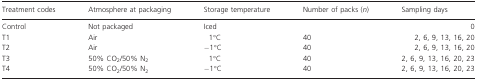
<table><thead><tr><td><b>Treatment codes</b></td><td><b>Atmosphere at packaging</b></td><td><b>Storage temperature</b></td><td><b>Number of packs (<i>n</i>)</b></td><td><b>Sampling days</b></td></tr></thead><tbody><tr><td>Control</td><td>Not packaged</td><td>Iced</td><td></td><td>0</td></tr><tr><td>T1</td><td>Air</td><td>1°C</td><td>40</td><td>2, 6, 9, 13, 16, 20</td></tr><tr><td>T2</td><td>Air</td><td>−1°C</td><td>40</td><td>2, 6, 9, 13, 16, 20</td></tr><tr><td>T3</td><td>50% CO<sub>2</sub>/50% N<sub>2</sub></td><td>1°C</td><td>40</td><td>2, 6, 9, 13, 16, 20, 23</td></tr><tr><td>T4</td><td>50% CO<sub>2</sub>/50% N<sub>2</sub></td><td>−1°C</td><td>40</td><td>2, 6, 9, 13, 16, 20, 23</td></tr></tbody></table>